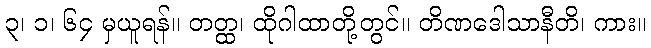
၃၊ ၁၊ ၆၄ မှယူရန်။ တတ္ထ၊ ထိုဂါထာတို့တွင်။ တိဏဒေါသာနီတိ၊ ကား။